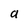
Character: a